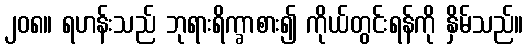
၂၀၈။ ရဟန်းသည် ဘုရားရိက္ခာစား၍ ကိုယ်တွင်းရန်ကို နှိမ်သည်။